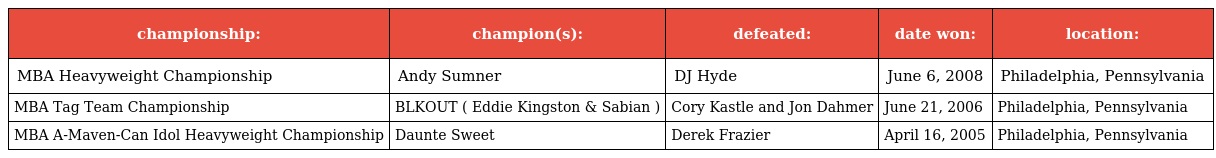
| championship: | champion(s): | defeated: | date won: | location: |
 | --- | --- | --- | --- | --- |
 | MBA Heavyweight Championship | Andy Sumner | DJ Hyde | June 6, 2008 | Philadelphia, Pennsylvania |
 | MBA Tag Team Championship | BLKOUT ( Eddie Kingston & Sabian ) | Cory Kastle and Jon Dahmer | June 21, 2006 | Philadelphia, Pennsylvania |
 | MBA A-Maven-Can Idol Heavyweight Championship | Daunte Sweet | Derek Frazier | April 16, 2005 | Philadelphia, Pennsylvania |